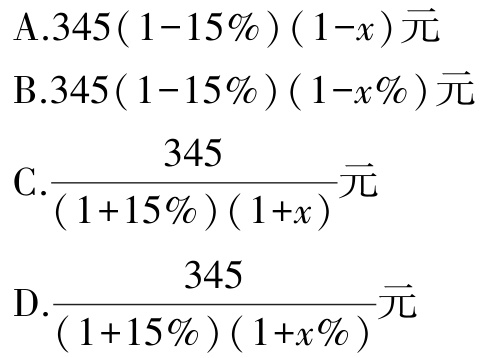
A.$345(1 - 15\%)(1 - x)\text{元}$

B.$345(1 - 15\%)(1 - x\%)\text{元}$

C.$\dfrac{345}{(1 + 15\%)(1 + x)}\text{元}$

D.$\dfrac{345}{(1 + 15\%)(1 + x\%)}\text{元}$